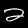
Label: 2